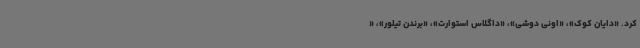
کرد. «دایان کوک»، «اونی دوشی»، «داگلاس استوارت»، «برندن تیلور»، «